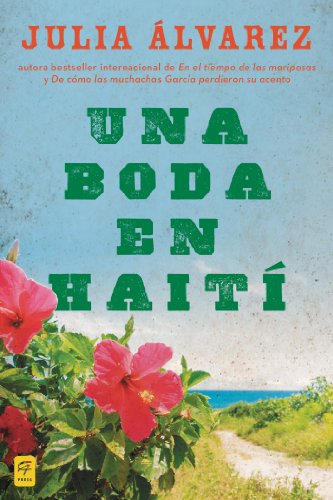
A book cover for Una boda en Haiti: Historia de una amistad (Spanish Edition); Julia Alvarez; Travel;